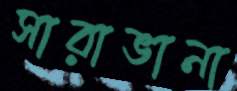
সারাভানা